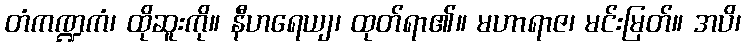
တံကဏ္ဍကံ၊ ထိုဆူးကို။ နီဟရေယျ၊ ထုတ်ရာ၏။ မဟာရာဇ၊ မင်းမြတ်။ အပိ၊